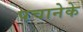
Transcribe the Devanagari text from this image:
पचानेके